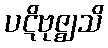
ပဋိဗုဇ္ဈသိ